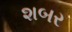
શબર